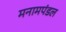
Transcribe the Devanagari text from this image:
मनामपंडल